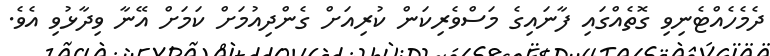
ދެމެހެއްޓެނިވި ގޮތެއްގައި ފާނައިގެ މަސްވެރިކަން ކުރިއަށް ގެންދިއުމަށް ކަމަށް އޭނާ ވިދާޅުވި އެވެ.